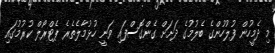
މި ދެމީހުން ފުލުހުންގެ ބެލުމުގެ ދަށަށް ގެންގޮސްފައި ވަނީ ހުޅުމާލެތެރެ ޕެޓްރޯލް ކުރުމުގައި